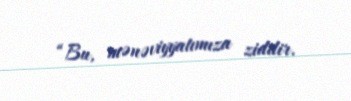
“Bu, mənəviyyatımıza ziddir.